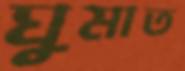
ঘুমাত